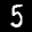
Label: 5